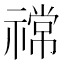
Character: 𫀠